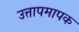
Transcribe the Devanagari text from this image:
उत्तापमापक